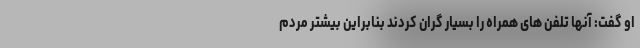
او گفت: آنها تلفن های همراه را بسیار گران کردند بنابراین بیشتر مردم